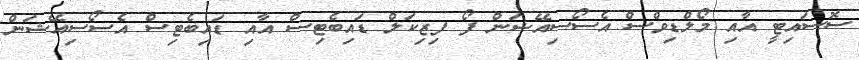
ސޮސައިޓީ އާއި މޯލްޑިވްސް އެސޯސިއޭޝަން ފޯ ފިޒިކަލް ޑައިބެޓިސް އާއި ޑައިބެޓިސް އެސޯސިއޭޝަން